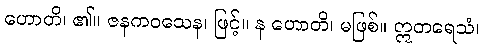
ဟောတိ၊ ၏။ ဇနကဝသေန၊ ဖြင့်။ န ဟောတိ၊ မဖြစ်။ ဣတရေသံ၊